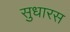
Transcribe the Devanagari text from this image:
सुधारस